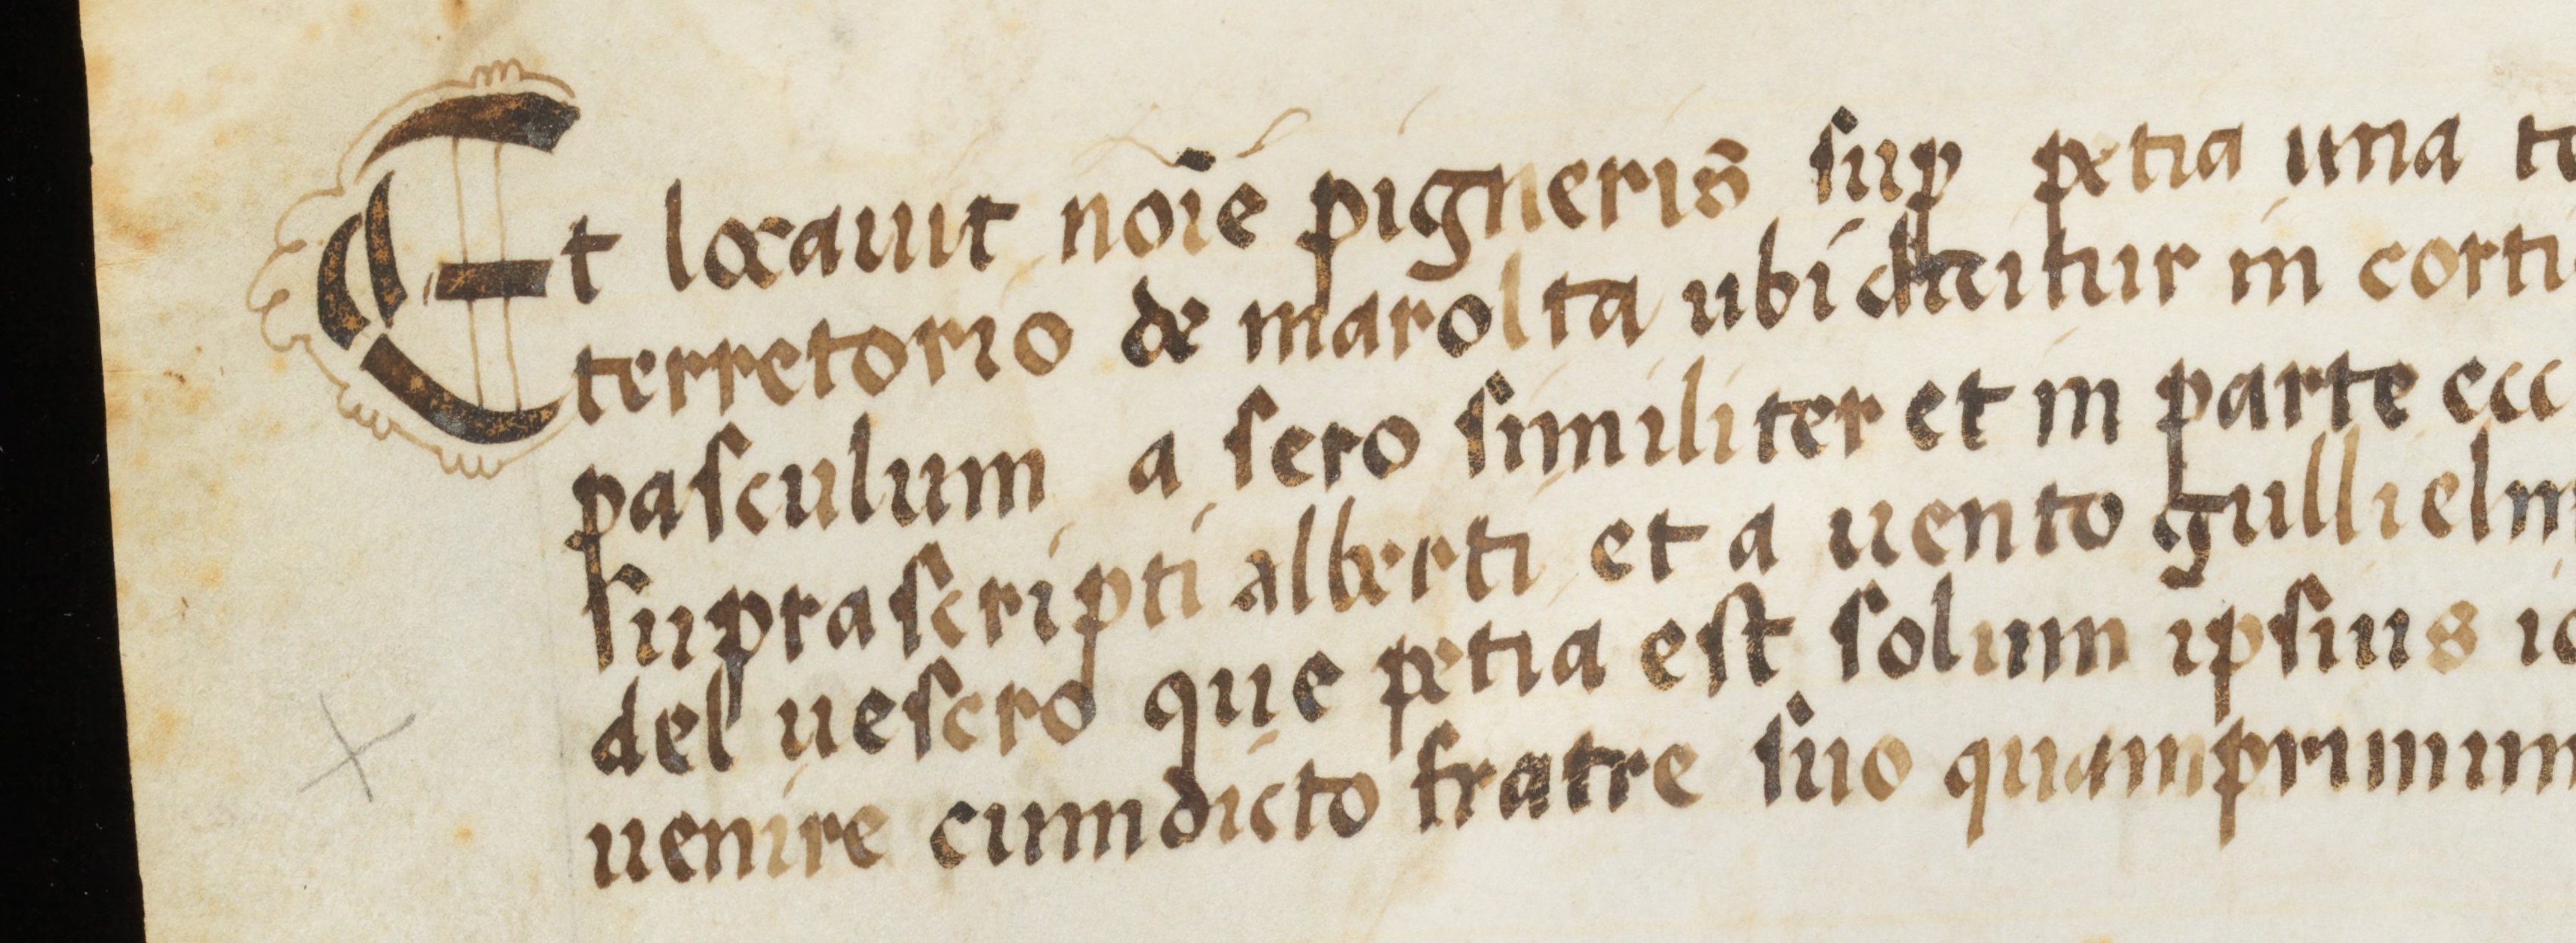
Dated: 1554–1554